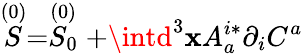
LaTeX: \stackrel{(0)}{S}=\stackrel{(0)}{S_{0}}+\intd^{3}\mathbf{x}A_{a}^{i*}\partial_{i}C^{a}